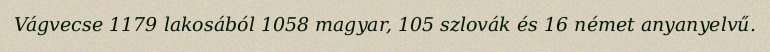
Vágvecse 1179 lakosából 1058 magyar, 105 szlovák és 16 német anyanyelvű.